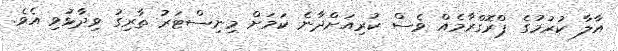
އާލާ ކުރުމުގެ ޕްރޮގްރާމެއް ވެސް ކުރިއަށްދާނެ ކަމަށް މިނިސްޓަރު ތާރިގު ވިދާޅުވި އެވެ.